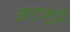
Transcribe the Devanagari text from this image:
झाडामुळे